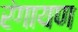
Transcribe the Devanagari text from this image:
रंगायण